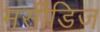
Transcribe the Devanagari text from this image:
मर्सीडिज